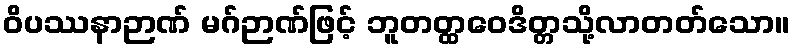
ဝိပဿနာဉာဏ် မဂ်ဉာဏ်ဖြင့် ဘူတတ္ထဝေဒိတ္တသို့လာတတ်သော။